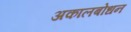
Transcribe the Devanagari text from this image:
अकालबोधन